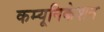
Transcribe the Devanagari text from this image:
कम्‍यूनिकेशन